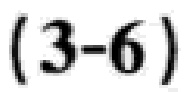
\((3 - 6)\)